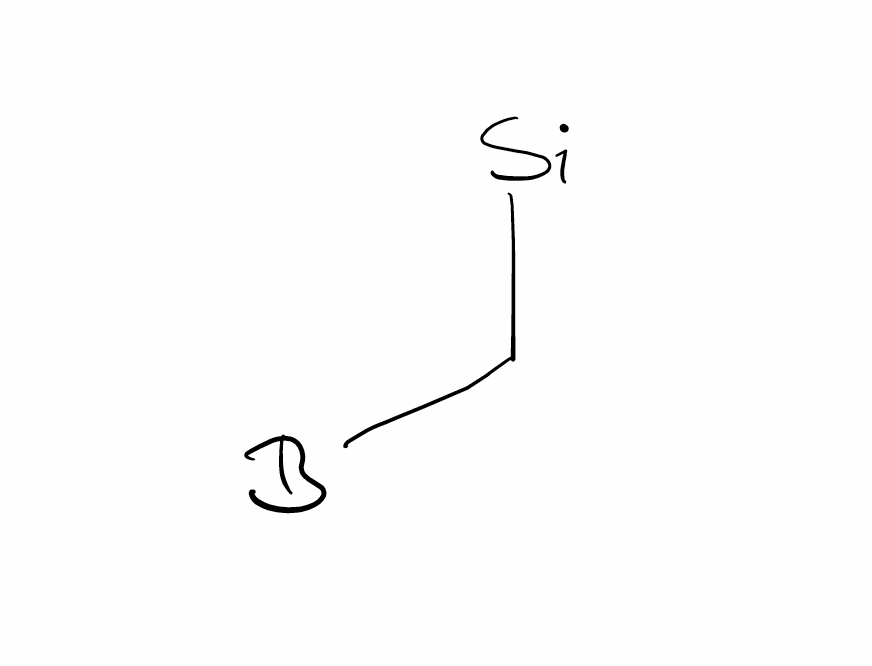
Simplified molecular-input line-entry system (SMILES) notation of the given molecule:
[B]C[Si]